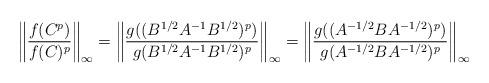
LaTeX: \begin{align*}\bigg\|{f(C^p)\over f(C)^p}\bigg\|_\infty=\bigg\|{g((B^{1/2}A^{-1}B^{1/2})^p)\over g(B^{1/2}A^{-1}B^{1/2})^p}\bigg\|_\infty=\bigg\|{g((A^{-1/2}BA^{-1/2})^p)\over g(A^{-1/2}BA^{-1/2})^p}\bigg\|_\infty\end{align*}